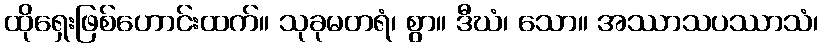
ထိုရှေးဖြစ်ဟောင်းထက်။ သုခုမတရံ၊ စွာ။ ဒီဃံ၊ သော။ အဿာသပဿာသံ၊